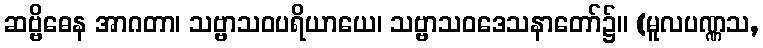
ဆဗ္ဗိဓေန အာဂတာ၊ သဗ္ဗာသဝပရိယာယေ၊ သဗ္ဗာသဝဒေသနာတော်၌။ (မူလပဏ္ဏသ,